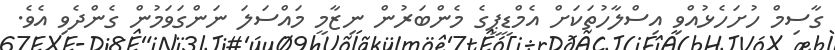
ގާސިމް ހުށަހެޅުއްވި އިސްލާހުތަކަށް އެމްޑީޕީގެ މެންބަރުން ނިޒާމީ މައްސަލަ ނަންގަވަމުން ގެންދެވި އެވެ.